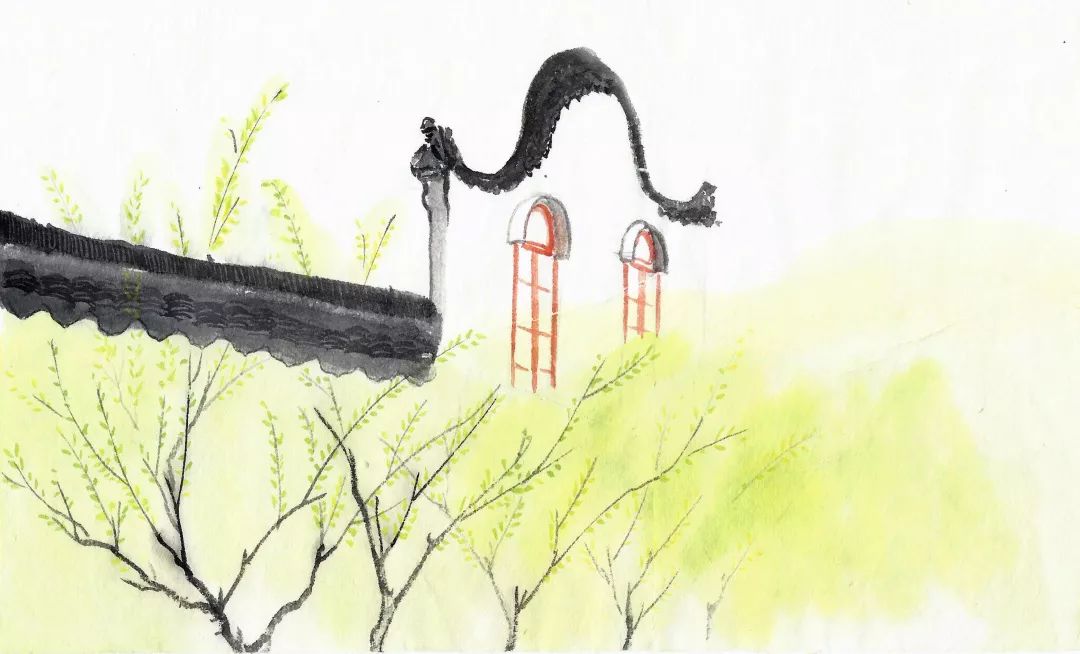
随风潜入夜，润物细无声。